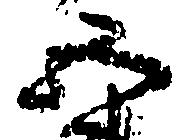
五